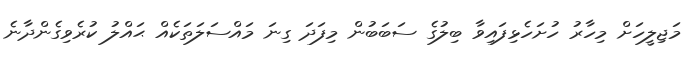
މަޖިލީހަށް މިހާރު ހުށަހެޅިފައިވާ ބިލުގެ ސަބަބުން މިފަދަ ގިނަ މައްސަލަތަކެއް ޙައްލު ކުރެވިގެންދާނެ